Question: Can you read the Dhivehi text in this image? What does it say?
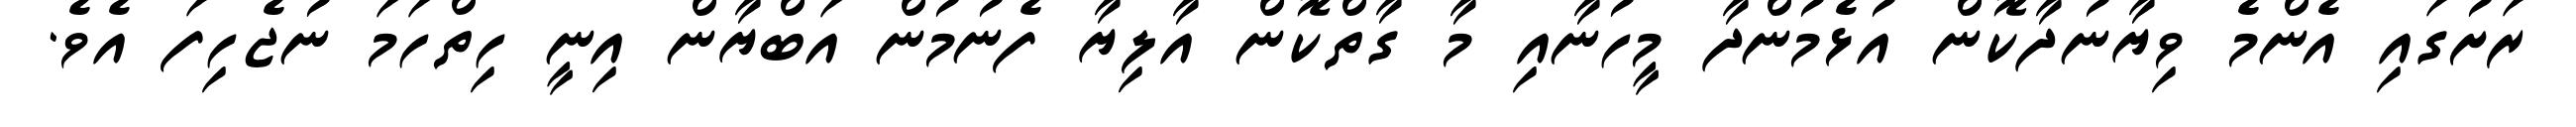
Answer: ރަށުގައި އެންމެ ވިޔާނުދާކޮން އުޅެމުންދާ މީހުނާއި މާ ގާތްކޮން އާލިޔާ ފެނުމުން އަބްޔާން އިނީ ހިތްހަމަ ނުޖެހިފަ އެވެ.